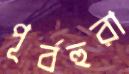
পূর্বহুরা